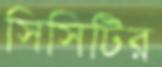
সিসিটির